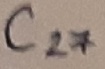
Text: C27